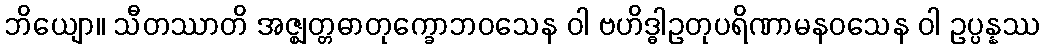
ဘိယျော။ သီတဿာတိ အဇ္ဈတ္တဓာတုက္ခောဘဝသေန ဝါ ဗဟိဒ္ဓါဥတုပရိဏာမနဝသေန ဝါ ဥပ္ပန္နဿ